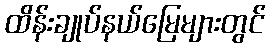
ထိန်းချုပ်နယ်မြေများတွင်